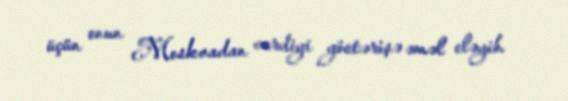
üçün onun Moskvadan verdiyi göstərişə əməl eləyib.